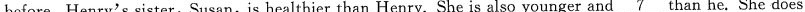
before. Henry's sister,Susan,is healthier than Henry. She is also younger and \underline{7} than he. She does